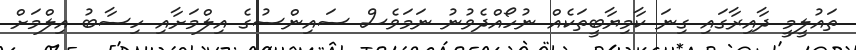
ތައުލީމީ ދާއިރާގައި ގިނަ ކާމިޔާބީތަކެއް ނުހޯއްދެވުނު ނަމަވެސް ސައިންސުގެ އިލްމަށާއި ހިސާބު އިލްމަށް